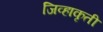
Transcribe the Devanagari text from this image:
जिव्हाकृती